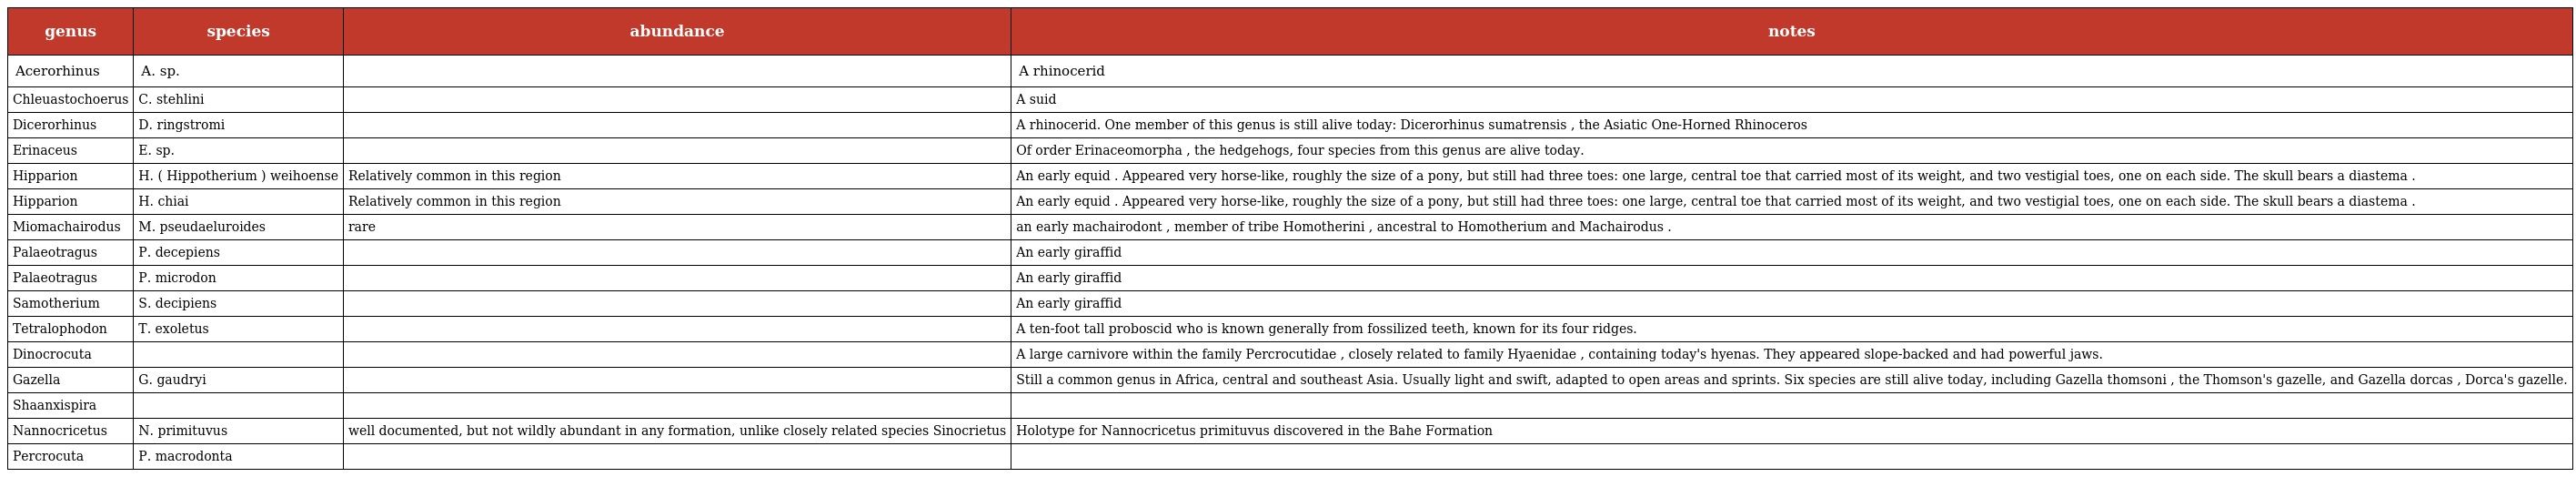
| genus | species | abundance | notes |
 | --- | --- | --- | --- |
 | Acerorhinus | A. sp. |  | A rhinocerid |
 | Chleuastochoerus | C. stehlini |  | A suid |
 | Dicerorhinus | D. ringstromi |  | A rhinocerid. One member of this genus is still alive today: Dicerorhinus sumatrensis , the Asiatic One-Horned Rhinoceros |
 | Erinaceus | E. sp. |  | Of order Erinaceomorpha , the hedgehogs, four species from this genus are alive today. |
 | Hipparion | H. ( Hippotherium ) weihoense | Relatively common in this region | An early equid . Appeared very horse-like, roughly the size of a pony, but still had three toes: one large, central toe that carried most of its weight, and two vestigial toes, one on each side. The skull bears a diastema . |
 | Hipparion | H. chiai | Relatively common in this region | An early equid . Appeared very horse-like, roughly the size of a pony, but still had three toes: one large, central toe that carried most of its weight, and two vestigial toes, one on each side. The skull bears a diastema . |
 | Miomachairodus | M. pseudaeluroides | rare | an early machairodont , member of tribe Homotherini , ancestral to Homotherium and Machairodus . |
 | Palaeotragus | P. decepiens |  | An early giraffid |
 | Palaeotragus | P. microdon |  | An early giraffid |
 | Samotherium | S. decipiens |  | An early giraffid |
 | Tetralophodon | T. exoletus |  | A ten-foot tall proboscid who is known generally from fossilized teeth, known for its four ridges. |
 | Dinocrocuta |  |  | A large carnivore within the family Percrocutidae , closely related to family Hyaenidae , containing today's hyenas. They appeared slope-backed and had powerful jaws. |
 | Gazella | G. gaudryi |  | Still a common genus in Africa, central and southeast Asia. Usually light and swift, adapted to open areas and sprints. Six species are still alive today, including Gazella thomsoni , the Thomson's gazelle, and Gazella dorcas , Dorca's gazelle. |
 | Shaanxispira |  |  |  |
 | Nannocricetus | N. primituvus | well documented, but not wildly abundant in any formation, unlike closely related species Sinocrietus | Holotype for Nannocricetus primituvus discovered in the Bahe Formation |
 | Percrocuta | P. macrodonta |  |  |